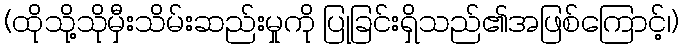
(ထိုသို့သိုမှီးသိမ်းဆည်းမှုကို ပြုခြင်းရှိသည်၏အဖြစ်ကြောင့်၊)